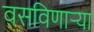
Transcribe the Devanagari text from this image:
वसविणार्‍या